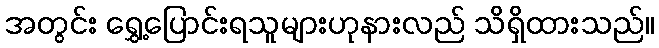
အတွင်း ရွှေ့ပြောင်းရသူများဟုနားလည် သိရှိထားသည်။